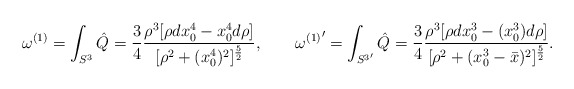
\begin{align*}\omega^{(1)}=\int_{S^3}\hat Q={3\over 4}{\rho^3 [\rho dx_0^4-x_0^4 d\rho]\over [\rho^2+(x_0^4)^2]^{5\over 2}},\quad\quad{\omega^{(1)}}^\prime=\int_{{S^3}^\prime}\hat Q={3\over 4}{\rho^3 [\rho dx_0^3-(x_0^3) d\rho]\over [\rho^2+(x_0^3-\bar x)^2]^{5\over 2}}.\end{align*}